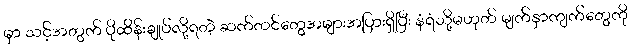
မှာ သင့်အတွက် ပိုထိန်းချုပ်လို့ရတဲ့ ဆက်တင်တွေအများအပြားရှိပြီး နံရံသို့မဟုတ် မျက်နှာကျက်တွေကို